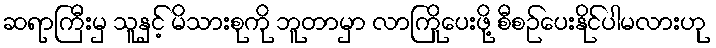
ဆရာကြီးမှ သူနှင့် မိသားစုကို ဘူတာမှာ လာကြိုပေးဖို့ စီစဉ်ပေးနိုင်ပါမလားဟု